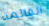
القائمه